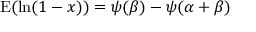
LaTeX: \operatorname { E } ( \ln ( 1 - x ) ) = \psi ( \beta ) - \psi ( \alpha + \beta )